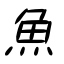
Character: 魚